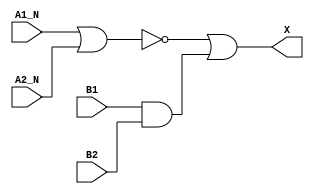
module sky130_fd_sc_hd__a2bb2o (
    X   ,
    A1_N,
    A2_N,
    B1  ,
    B2
);

    // Module ports
    output X   ;
    input  A1_N;
    input  A2_N;
    input  B1  ;
    input  B2  ;

    // Module supplies
    supply1 VPWR;
    supply0 VGND;
    supply1 VPB ;
    supply0 VNB ;

    // Local signals
    wire and0_out ;
    wire nor0_out ;
    wire or0_out_X;

    //  Name  Output     Other arguments
    and and0 (and0_out , B1, B2            );
    nor nor0 (nor0_out , A1_N, A2_N        );
    or  or0  (or0_out_X, nor0_out, and0_out);
    buf buf0 (X        , or0_out_X         );

endmodule